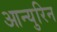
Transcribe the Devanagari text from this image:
आन्युरिन